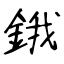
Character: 鋨